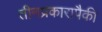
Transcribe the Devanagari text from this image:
तीनप्रकारापैकी